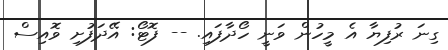
ގިނަ ރުފިޔާ އެ މީހުން ވަނީ ހޯދާފައި. -- ފޮޓޯ: އޭދަފުށި ވޮއިސް